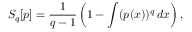
S _ { q } [ p ] = { \frac { 1 } { q - 1 } } \left( 1 - \int ( p ( x ) ) ^ { q } \, d x \right) ,